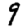
Digit: 9